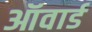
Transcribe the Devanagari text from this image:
ऑवार्ड